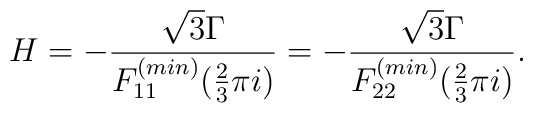
H=-\frac{\sqrt{3}\Gamma}{F^{(min)}_{11}(\frac{2}{3}\pi i)}=-\frac{\sqrt{3}\Gamma}{F^{(min)}_{22}(\frac{2}{3}\pi i)}.